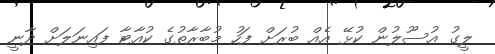
ލީގު އުސޫލުން ކުޅޭ އެއް ބުރަށް ފަހު މުބާރާތުގެ ކުއާޓާ ފައިނަލަށް ދާނީ